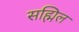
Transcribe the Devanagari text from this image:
सह्मिल